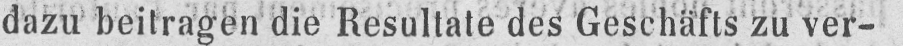
dazu beitragen die Resultate des Geschäfts zu ver-